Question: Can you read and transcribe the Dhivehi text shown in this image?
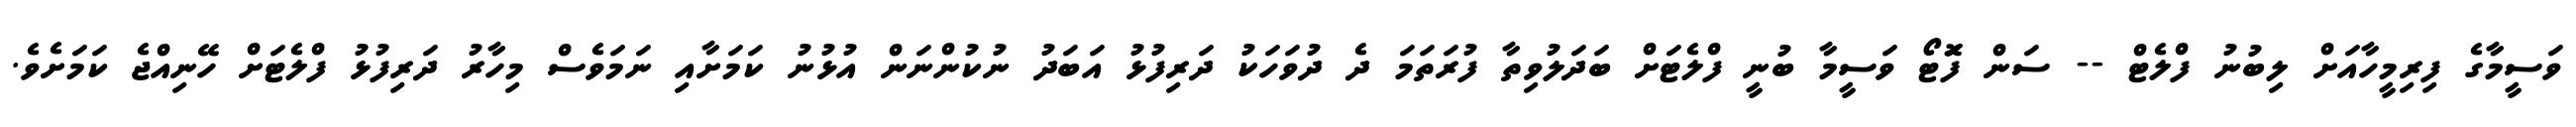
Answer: ވަސީމާގެ ފިރިމީހާއަށް ލިބުނު ފްލެޓް -- ސަން ފޮަަަަޓޯ ވަސީމާ ބުނީ ފްލެޓަށް ބަދަލުވިތާ ފުރަތަމަ ދެ ދުވަހަކު ދަރިފުޅު އަބަދު ނުކުންނަން އުޅުނު ކަމަށާއި ނަމަވެސް މިހާރު ދަރިފުޅު ފްލެޓަށް ހޭނިއްޖެ ކަމަށެވެ.